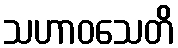
သဟာဝသေတိ